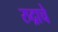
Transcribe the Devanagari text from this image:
रुद्राचे